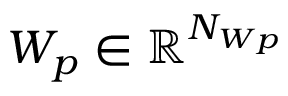
W _ { p } \in \mathbb { R } ^ { N _ { W p } }